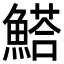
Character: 𩺗